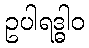
ဥပါရဒ္ဓါဝ